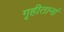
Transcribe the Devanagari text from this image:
गृहीतानां